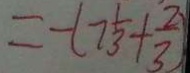
= - ( 7 \frac { 1 } { 3 } + \frac { 2 } { 3 } )